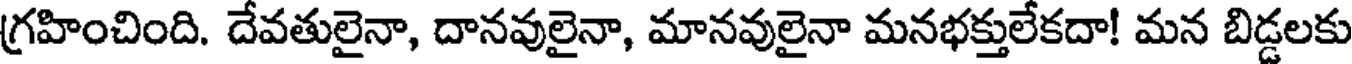
గ్రహించింది. దేవతులైనా, దానవులైనా, మానవులైనా మనభక్తులేకదా! మన బిడ్డలకు